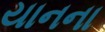
યાનના